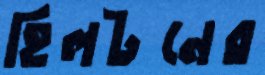
হিলটনের